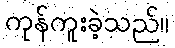
ကုန်ကူးခဲ့သည်။